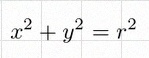
x^2+y^2=r^2